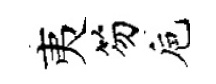
夷笏巵